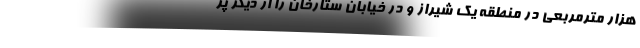
هزار مترمربعي در منطقه يك شيراز و در خيابان ستارخان را از ديگر پر